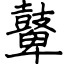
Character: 鼙